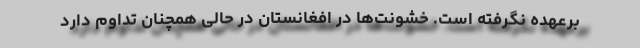
برعهده نگرفته است. خشونت‌ها در افغانستان در حالی همچنان تداوم دارد